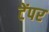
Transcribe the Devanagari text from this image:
टेंपर